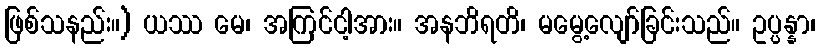
ဖြစ်သနည်း။) ယဿ မေ၊ အကြင်ငါ့အား။ အနဘိရတိ၊ မမွေ့လျော်ခြင်းသည်။ ဥပ္ပန္နာ၊